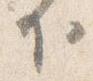
下